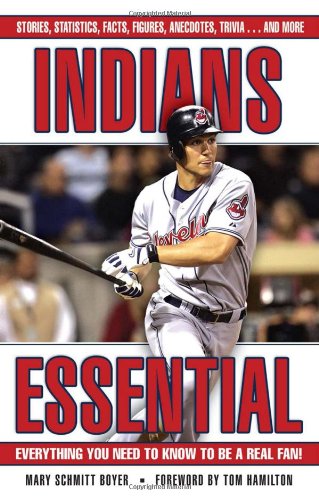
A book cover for Indians Essential: Everything You Need to Know to Be a Real Fan!; Mary Schmitt Boyer; Travel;